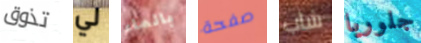
تذوق لي بالماء صفحة شاب جلوريا